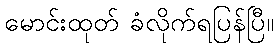
မောင်းထုတ် ခံလိုက်ရပြန်ပြီ။